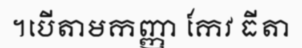
។បើតាមកញ្ញា កែវ ធីតា